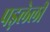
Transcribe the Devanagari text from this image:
पड़लेली